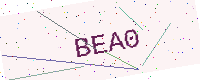
Text: BEA0